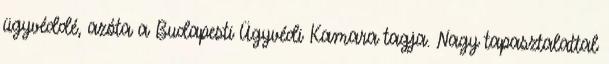
ügyvéddé, azóta a Budapesti Ügyvédi Kamara tagja. Nagy tapasztalattal